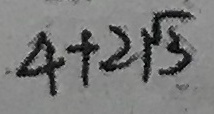
4 + 2 \sqrt { 3 }